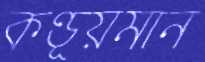
কণ্ডূয়মান